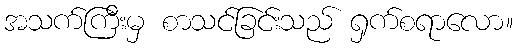
အသက်ကြီးမှ စာသင်ခြင်းသည် ရှက်စရာလော။